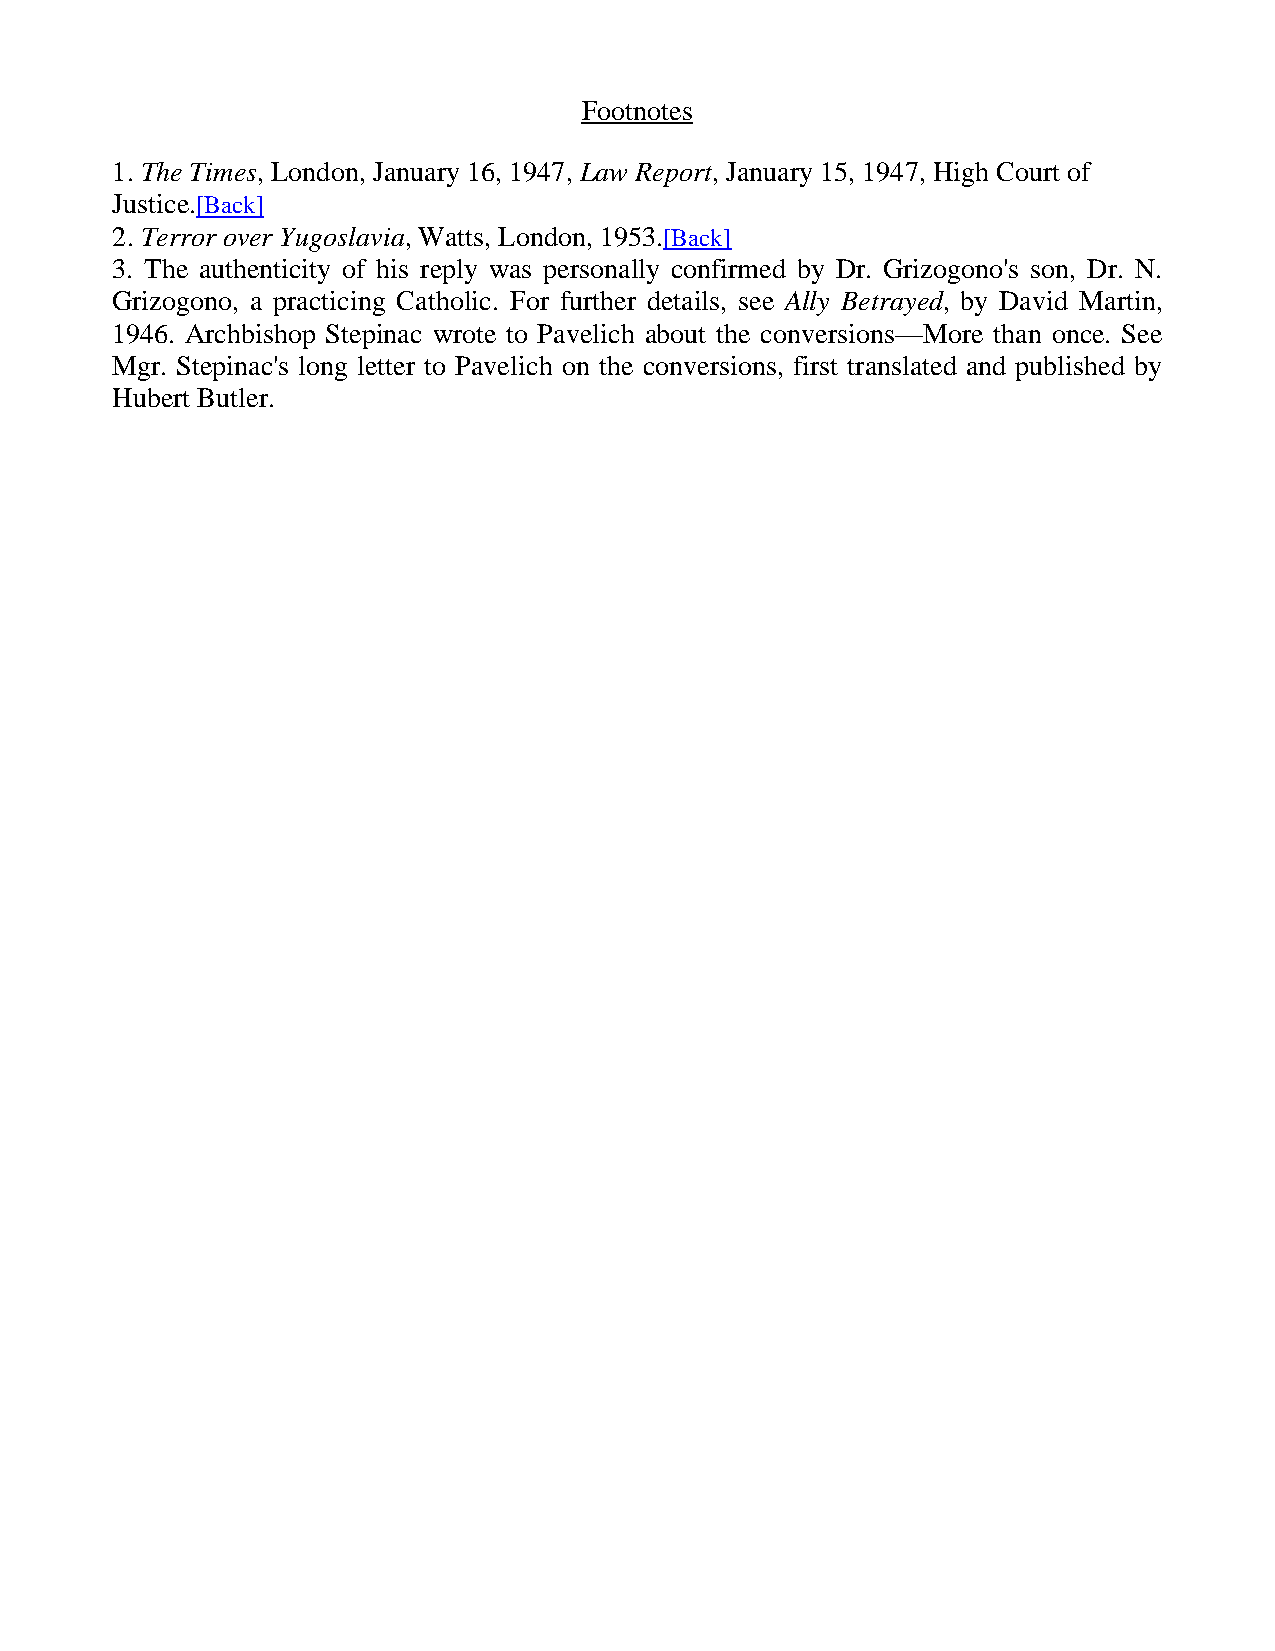
Footnotes
 1. The Times, London, January 16, 1947, Law Report, January 15, 1947, High Court of
 Justice.[Back]
 2. Terror over Yugoslavia, Watts, London, 1953.[Back]
 3. The authenticity of his reply was personally confirmed by Dr. Grizogono's son, Dr. N.
 Grizogono, a practicing Catholic. For further details, see Ally Betrayed, by David Martin,
 1946. Archbishop Stepinac wrote to Pavelich about the conversions—More than once. See
 Mgr. Stepinac's long letter to Pavelich on the conversions, first translated and published by
 Hubert Butler.